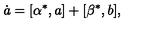
\dot { a } = [ \alpha ^ { \ast } , a ] + [ \beta ^ { \ast } , b ] ,